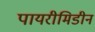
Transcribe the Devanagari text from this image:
पायरीमिडीन